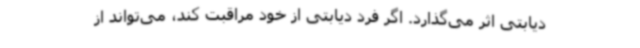
دیابتی اثر می‌گذارد. اگر فرد دیابتی از خود مراقبت کند، می‌تواند از